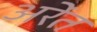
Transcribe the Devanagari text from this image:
अरेंत